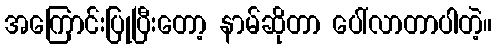
အကြောင်းပြုပြီးတော့ နာမ်ဆိုတာ ပေါ်လာတာပါတဲ့။